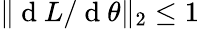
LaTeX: \| \mathrm{~d~}L/\mathrm{~d~}\theta\| _{2}\leq 1